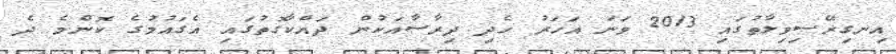
އިނގިރޭސިވިލާތުގައި 2013 ވަނަ އަހަރު ހެދި ދިރާސާއަކުން ދައްކާގޮތުގައި އެގައުމުގެ ކޮންމެ ދެ